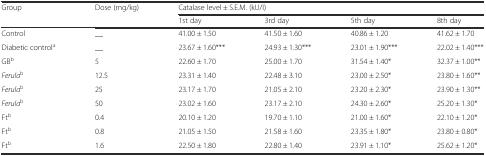
<table><thead><tr><td><b>Group</b></td><td><b>Dose (mg/kg)</b></td><td colspan="4"><b>Catalase level ± S.E.M. (kU/I)</b></td></tr><tr><td></td><td></td><td><b>1st day</b></td><td><b>3rd day</b></td><td><b>5th day</b></td><td><b>8th day</b></td></tr></thead><tbody><tr><td>Control</td><td>__</td><td>41.00 ± 1.50</td><td>41.50 ± 1.60</td><td>40.86 ± 1.20</td><td>41.62 ± 1.70</td></tr><tr><td>Diabetic control<sup>a</sup></td><td>__</td><td>23.67 ± 1.60***</td><td>24.93 ± 1.30***</td><td>23.01 ± 1.90***</td><td>22.02 ± 1.40***</td></tr><tr><td>GB<sup>b</sup></td><td>5</td><td>22.60 ± 1.70</td><td>25.00 ± 1.70</td><td>31.54 ± 1.40*</td><td>32.37 ± 1.00**</td></tr><tr><td><i>Ferula</i><sup>b</sup></td><td>12.5</td><td>23.31 ± 1.40</td><td>22.48 ± 3.10</td><td>23.00 ± 2.50*</td><td>23.80 ± 1.60**</td></tr><tr><td><i>Ferula</i><sup>b</sup></td><td>25</td><td>23.17 ± 1.70</td><td>21.05 ± 2.10</td><td>23.20 ± 2.30*</td><td>23.90 ± 1.30**</td></tr><tr><td><i>Ferula</i><sup>b</sup></td><td>50</td><td>23.02 ± 1.60</td><td>23.17 ± 2.10</td><td>24.30 ± 2.60*</td><td>25.20 ± 1.30*</td></tr><tr><td>Ft<sup>b</sup></td><td>0.4</td><td>20.10 ± 1.20</td><td>19.70 ± 1.10</td><td>21.00 ± 1.60*</td><td>22.10 ± 1.20*</td></tr><tr><td>Ft<sup>b</sup></td><td>0.8</td><td>21.05 ± 1.50</td><td>21.58 ± 1.60</td><td>23.35 ± 1.80*</td><td>23.80 ± 0.80*</td></tr><tr><td>Ft<sup>b</sup></td><td>1.6</td><td>22.50 ± 1.80</td><td>22.80 ± 1.40</td><td>23.91 ± 1.10*</td><td>25.62 ± 1.20*</td></tr></tbody></table>